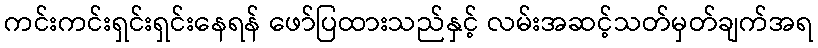
ကင်းကင်းရှင်းရှင်းနေရန် ဖော်ပြထားသည်နှင့် လမ်းအဆင့်သတ်မှတ်ချက်အရ